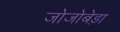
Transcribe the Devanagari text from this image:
जोजोबेड़ा